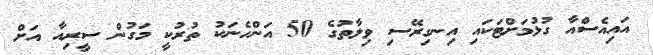
އައިއެސްއާ ގުޅުމަށްޓަކައި އިނގިރޭސި ވިލާތުގެ 50 އަންހެނަކު ތުރުކީ މަގުން ސީރިއާ އަށް